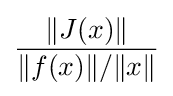
{\frac {\|J(x)\|}{\|f(x)\|/\|x\|}}